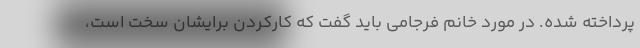
پرداخته شده. در مورد خانم فرجامی باید گفت که کارکردن برایشان سخت است،